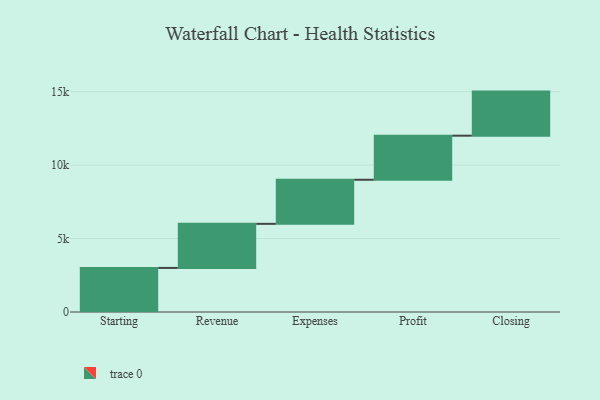
{"axis": {"x": "Step", "y": "Value"}, "legend": [""], "data": [{"x": "Starting", "y": 3000, "type": ""}, {"x": "Revenue", "y": 3000, "type": ""}, {"x": "Expenses", "y": 3000, "type": ""}, {"x": "Profit", "y": 3000, "type": ""}, {"x": "Closing", "y": 3000, "type": ""}]}